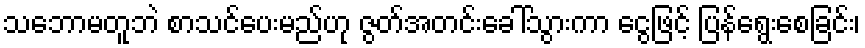
သဘောမတူဘဲ စာသင်ပေးမည်ဟု ဇွတ်အတင်းခေါ်သွားကာ ငွေဖြင့် ပြန်ရွေးစေခြင်း၊